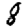
Digit: 8